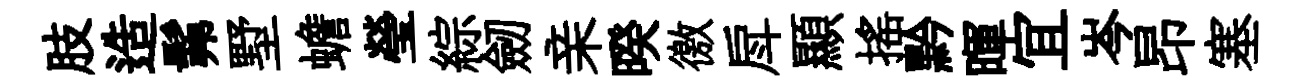
肢造髴墅蟾瑩綜劒亲暌徼戽顯摇黔暉冝岑昂塞